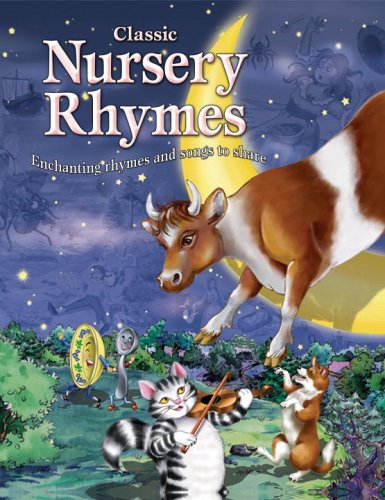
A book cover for Classic Nursery Rhymes; Paige Weber; Teen & Young Adult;